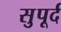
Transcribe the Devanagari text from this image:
सुुपूर्द